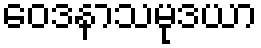
ဝေဒနာသမုဒယာ